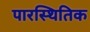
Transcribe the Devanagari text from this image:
पारस्थितिक